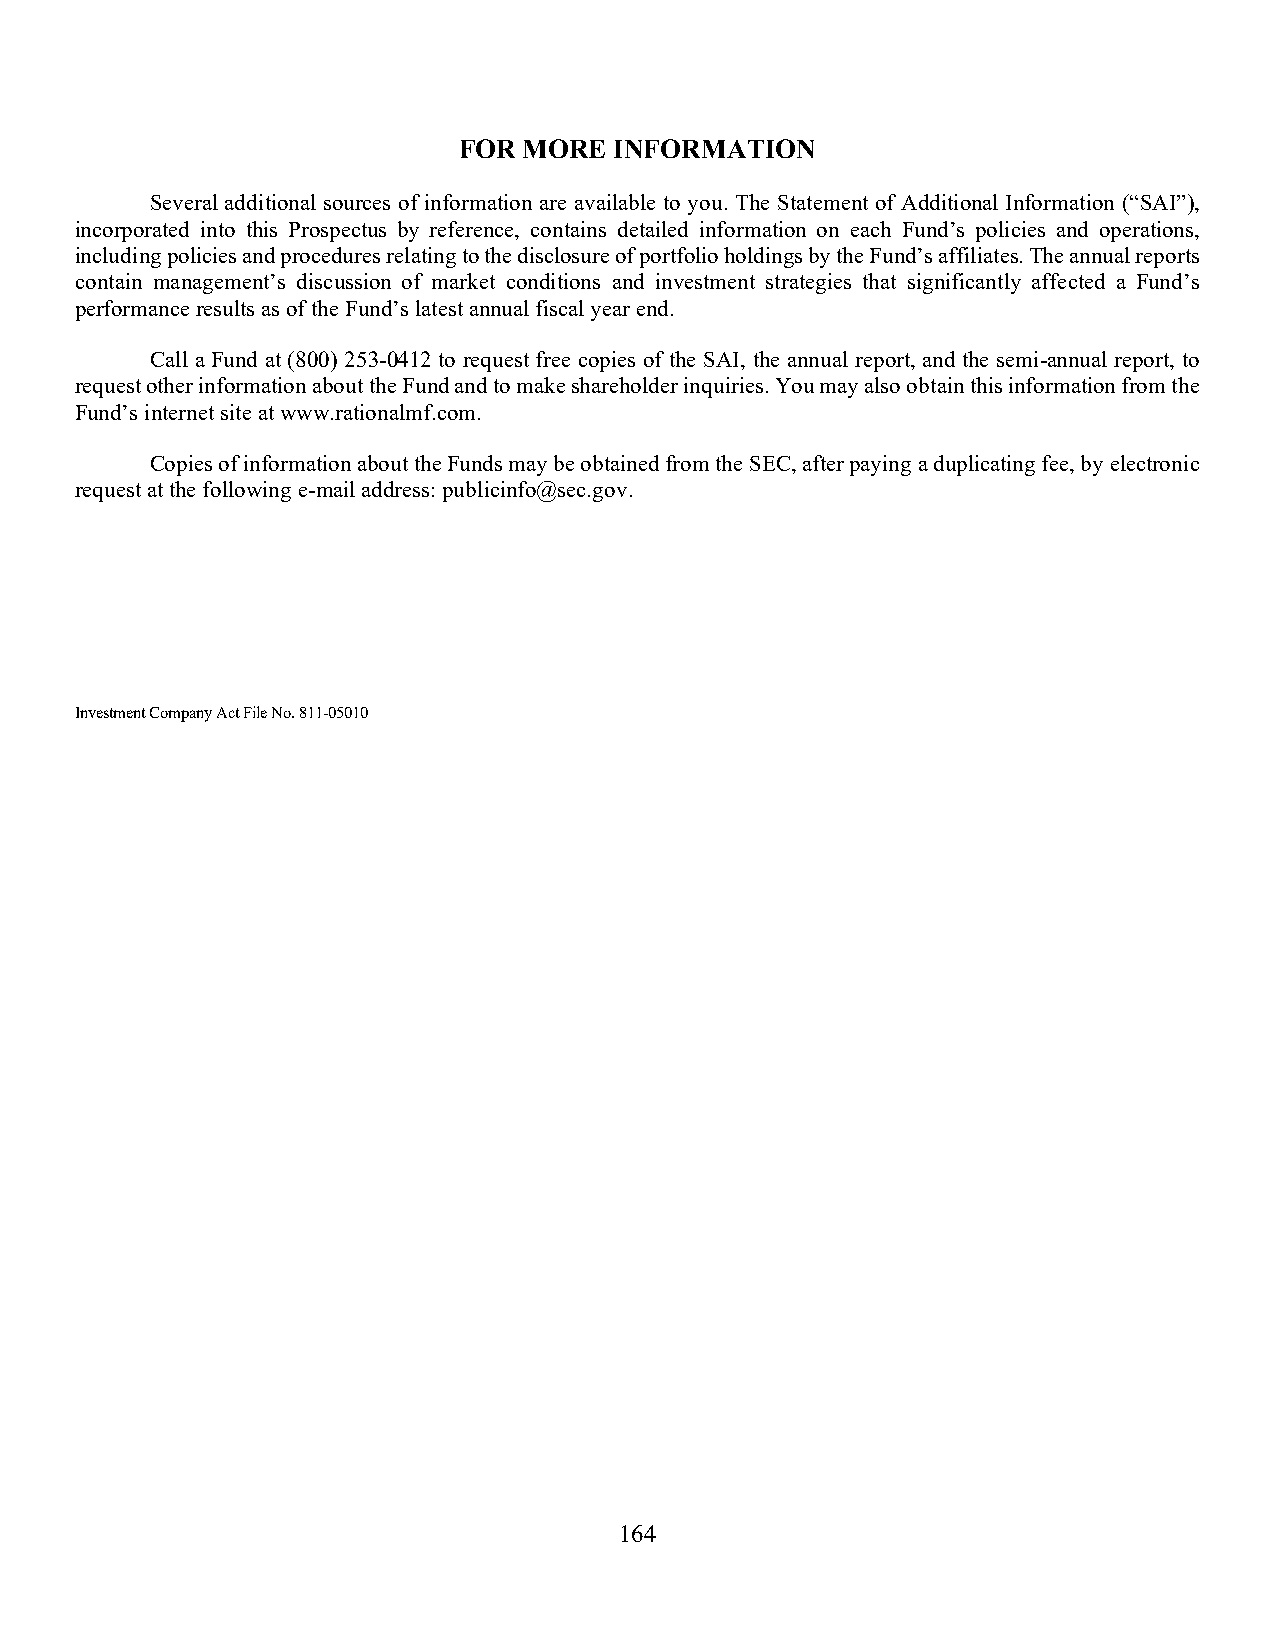
FOR  MORE  INFORMATION
 Several additional sources of information are available to you. The Statement of Additional Information (“SAI”),
 incorporated into this Prospectus by reference, contains detailed information on each Fund’s policies and operations,
 including policies and procedures relating to the disclosure of portfolio holdings by the Fund’s affiliates. The annual reports
 contain management’s discussion of market conditions and investment strategies that significantly affected a Fund’s
 performance results as of the Fund’s latest annual fiscal year end.
 Call a Fund at (800) 253-0412 to request free copies of the SAI, the annual report, and the semi-annual report, to
 request other information about the Fund and to make shareholder inquiries. You may also obtain this information from the
 Fund’s internet site at www.rationalmf.com.
 Copies of information about the Funds may be obtained from the SEC, after paying a duplicating fee, by electronic
 request at the following e-mail address: publicinfo@sec.gov.
 Investment Company Act File No. 811-05010
 164